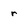
Character: r